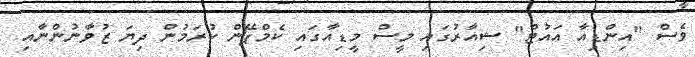
ވެސް "އިންޑިއާ އައުޓް" ޝިއާރުގައި މީސް މީޑިއާގައި ކެމްޕޭން ކުރަމުން ދިޔަ ޒުވާނުންނާއި